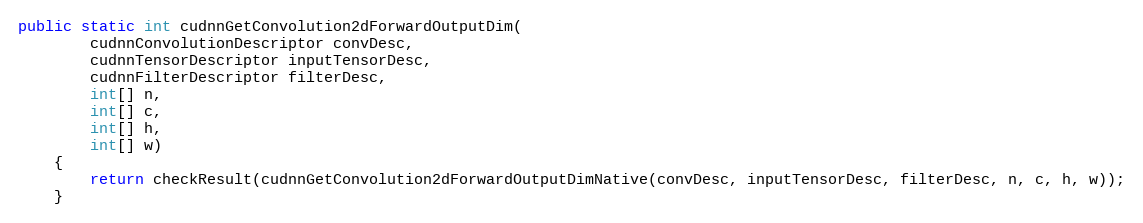
Language: Java
public static int cudnnGetConvolution2dForwardOutputDim(
        cudnnConvolutionDescriptor convDesc,
        cudnnTensorDescriptor inputTensorDesc,
        cudnnFilterDescriptor filterDesc,
        int[] n,
        int[] c,
        int[] h,
        int[] w)
    {
        return checkResult(cudnnGetConvolution2dForwardOutputDimNative(convDesc, inputTensorDesc, filterDesc, n, c, h, w));
    }